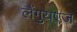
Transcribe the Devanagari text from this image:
लैंगुयएज